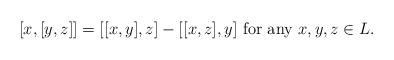
LaTeX: \begin{align*}[x,[y,z]]=[[x,y],z]-[[x,z],y]\textnormal{ for any }x,y,z\in L.\end{align*}